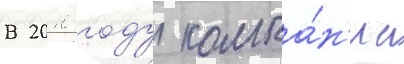
В 2010 году компа́н'иа